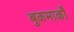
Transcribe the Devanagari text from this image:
बुकमार्कों